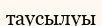
таусылуы